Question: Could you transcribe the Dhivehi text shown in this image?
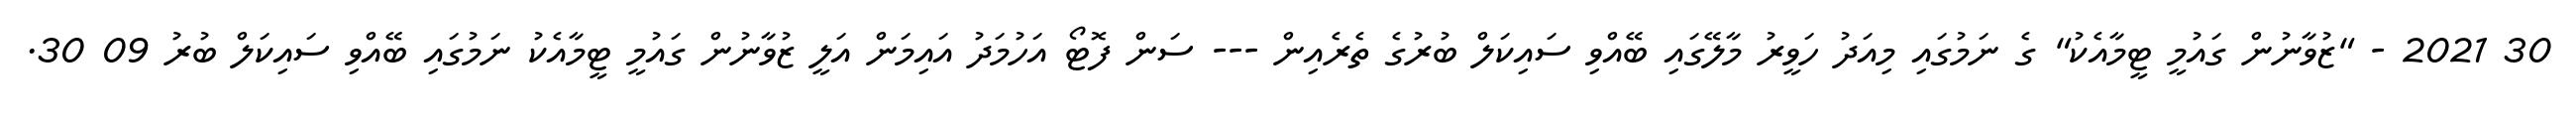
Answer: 30 2021 - "ޒުވާނުން ގައުމީ ޓީމާއެކު" ގެ ނަމުގައި މިއަދު ހަވީރު މާލޭގައި ބޭއްވި ސައިކަލް ބުރުގެ ތެރެއިން --- ސަން ފޮޓޯ އަހުމަދު އައިމަން އަލީ ޒުވާނުން ގައުމީ ޓީމާއެކު ނަމުގައި ބޭއްވި ސައިކަލް ބުރު 09 30.